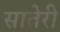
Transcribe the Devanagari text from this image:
सातेरी